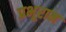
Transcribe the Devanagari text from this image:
प्रभूराम